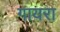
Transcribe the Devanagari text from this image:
गायरा